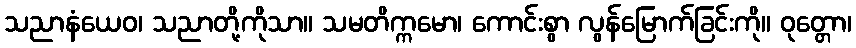
သညာနံယေဝ၊ သညာတို့ကိုသာ။ သမတိက္ကမော၊ ကောင်းစွာ လွန်မြောက်ခြင်းကို။ ဝုတ္တော၊